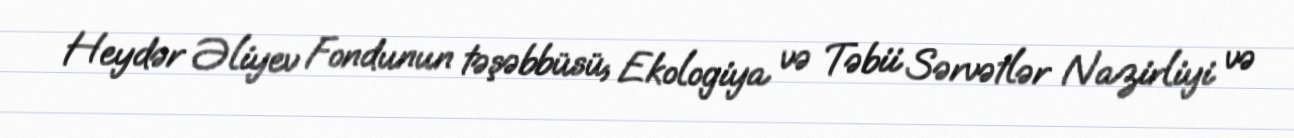
Heydər Əliyev Fondunun təşəbbüsü, Ekologiya və Təbii Sərvətlər Nazirliyi və